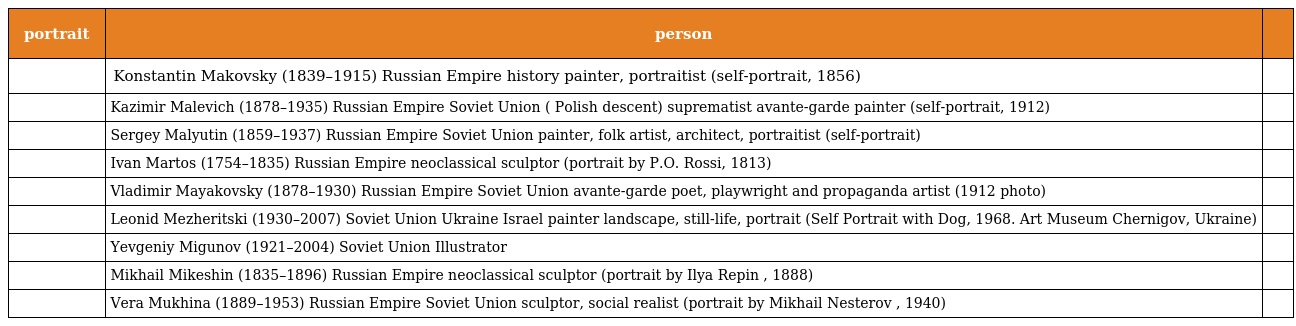
| portrait | person |  |
 | --- | --- | --- |
 |  | Konstantin Makovsky (1839–1915) Russian Empire history painter, portraitist (self-portrait, 1856) |  |
 |  | Kazimir Malevich (1878–1935) Russian Empire Soviet Union ( Polish descent) suprematist avante-garde painter (self-portrait, 1912) |  |
 |  | Sergey Malyutin (1859–1937) Russian Empire Soviet Union painter, folk artist, architect, portraitist (self-portrait) |  |
 |  | Ivan Martos (1754–1835) Russian Empire neoclassical sculptor (portrait by P.O. Rossi, 1813) |  |
 |  | Vladimir Mayakovsky (1878–1930) Russian Empire Soviet Union avante-garde poet, playwright and propaganda artist (1912 photo) |  |
 |  | Leonid Mezheritski (1930–2007) Soviet Union Ukraine Israel painter landscape, still-life, portrait (Self Portrait with Dog, 1968. Art Museum Chernigov, Ukraine) |  |
 |  | Yevgeniy Migunov (1921–2004) Soviet Union Illustrator |  |
 |  | Mikhail Mikeshin (1835–1896) Russian Empire neoclassical sculptor (portrait by Ilya Repin , 1888) |  |
 |  | Vera Mukhina (1889–1953) Russian Empire Soviet Union sculptor, social realist (portrait by Mikhail Nesterov , 1940) |  |